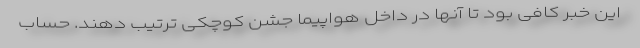
این خبر کافی بود تا آنها در داخل هواپیما جشن کوچکی ترتیب دهند. حساب